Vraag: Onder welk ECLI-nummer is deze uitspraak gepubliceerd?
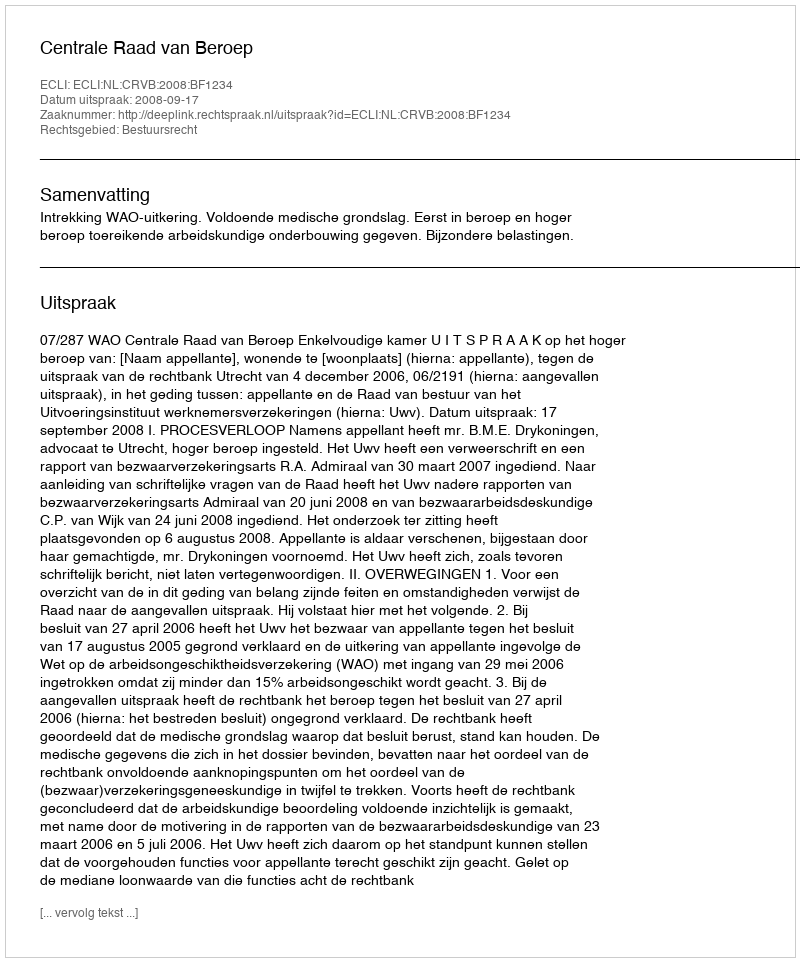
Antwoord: ECLI:NL:CRVB:2008:BF1234